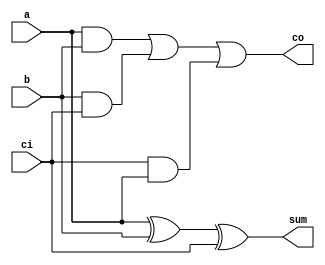
`timescale 1ns / 1ps
//////////////////////////////////////////////////////////////////////////////////
// Company: 
// Engineer: 
// 
// Design Name: 
// Module Name: fusion_unit
// Project Name: 
// Target Devices: 
// Tool Versions: 
// Description: 
// 
// Dependencies: 
// 
// Revision:
// Revision 0.01 - File Created
// Additional Comments:
// 
//////////////////////////////////////////////////////////////////////////////////

//***** Define Full-Adders and Half-Adders *****//
module full_adder(input a, input b, input ci, output sum, output co);
    assign sum = a ^ b ^ ci;
    assign co = (a & b) | (b & ci) | (ci & a);
endmodule

module half_adder(input a, input b, output sum, output co);
    assign sum = a ^ b;
    assign co = a & b;
endmodule

//***** BitBrick Unit or 3x3 Baugh-Wooley Multiplier *****//
module s_bitbrick(
    input [1:0] x, // 2-bit Inputs
    input [1:0] y,
    input sx, // Control Flag Signals for Signed (1) or Unsigned Input (0)
    input sy,
    output [4:0] p
    );
       
    // Initialize 3-bit Operands (Extend 2-bits Unsigned or create 3-bits Signed)
    wire [2:0] xi, yi;
    assign xi = {sx & x[1] , x};
    assign yi = {sy & y[1] , y};
       
    // Multiplier
    wire [2:0] pp0, pp1, pp2; // PPG
    
    // Partial Product Generation (PPG)
    assign pp0 = {~(xi[2] & yi[0]), (xi[1] & yi[0]), (xi[0] & yi[0])};
    assign pp1 = {~(xi[2] & yi[1]), (xi[1] & yi[1]), (xi[0] & yi[1])};
    assign pp2 = {(xi[2] & yi[2]), ~(xi[1] & yi[2]), ~(xi[0] & yi[2])};    
    
    // Partial Product Reduction (PPR) - Following Actual Implementation 
    assign p[0] = pp0[0];  // p[0]
    
    wire HA_p1_co;
    half_adder HA_p1 (.a(pp0[1]), .b(pp1[0]), .sum(p[1]), .co(HA_p1_co)); // p[1]
    
    wire HA_p2_co, FA_p2_co, HA_p2_in;
    full_adder FA_p2 (.a(pp1[1]), .b(pp2[0]), .ci(HA_p1_co), .sum(HA_p2_in), .co(FA_p2_co));
    half_adder HA_p2 (.a(pp0[2]), .b(HA_p2_in), .sum(p[2]), .co(HA_p2_co)); // p[2]
    
    wire HA_p3_co, FA_p3_co, HA_p3_in;
    full_adder FA_p3b (.a(pp1[2]), .b(pp2[1]), .ci(FA_p2_co), .sum(HA_p3_in), .co(FA_p3_co));
    full_adder FA_p3a (.a(HA_p3_in), .b(HA_p2_co), .ci(1'b1), .sum(p[3]), .co(HA_p3_co)); // p[3] + 1'b1 on nth bit
    
    wire HA_p5_in;
    assign p[4] = (xi[2] ^ yi[2]) & (xi[1] | xi[0]) & (yi[1] | yi[0]); // Simplified expression for p[4]     
endmodule

//***** Top-Level (Original) Fusion Unit *****//
module rfu (
    input [7:0] x,
    input [7:0] y,
    input sx,
    input sy,
    input [1:0] mode,
    input clk,
    input en,
    input nrst,
    output reg [63:0] product,
    output reg [127:0] sum
    );

    //** Configuration/Mode Parameters **//    
    localparam _2bx2b = 2'b00;                  
    localparam _4bx4b = 2'b01;                  
    localparam _8bx8b = 2'b10;               
                                                   
    //** Decomposition of 8bx8b input into four 4bx4b inputs or into 2bx2b inputs **//
    wire [3:0] xh, xl, yh, yl;
    assign xh = x[7:4]; assign xl = x[3:0];
    assign yh = y[7:4]; assign yl = y[3:0];   

    // Instantiate four bitbricks (BB) inside the fusion unit (FU) to handle 4b x 4b Multiplication 
    // Create 4 blocks of 4b x 4b BB to handle 8b x 8b
    // Notation: bb_xy_z where x and y represent positions of either high or low half and z as the block number
    // M = N = 8, n = m = 4

    // Control Signals (sx, sy, mode) Logic
    // By default, sx and sy are mapped to the 8bx8b datapath.
    // Otherwise, it checks on the respective BitBricks for the current mode (==) AND the current sign-bit (sx,sy)

    // eg. sx on the BitBrick with all MSBs in the 8bx8b datapath would not be triggered as signed input unless
    //     the current mode is 2bx2b and sx = 1 which implies that all the 2-bit inputs across all (16) BitBricks
    //     will be processed as signed inputs.
    
    // Block 1 = High-High, x[7:4] * y[7:4]
    wire [4:0] pp_hh_1, pp_hl_1, pp_lh_1, pp_ll_1;
    s_bitbrick bb_hh_1(.x(xh[3:2]), .y(yh[3:2]), .sx(sx), .sy(sy), .p(pp_hh_1)); 
    s_bitbrick bb_hl_1(.x(xh[3:2]), .y(yh[1:0]), .sx(sx), .sy(mode == _2bx2b && sy), .p(pp_hl_1));
    s_bitbrick bb_lh_1(.x(xh[1:0]), .y(yh[3:2]), .sx(mode == _2bx2b && sx), .sy(sy), .p(pp_lh_1));
    s_bitbrick bb_ll_1(.x(xh[1:0]), .y(yh[1:0]), .sx(mode == _2bx2b && sx), .sy(mode == _2bx2b && sy), .p(pp_ll_1));
    
    wire [7:0] pp_hh;
    
    assign pp_hh = {pp_hh_1, pp_ll_1[3:0]} + {({pp_hl_1[4], pp_hl_1} + {pp_lh_1[4], pp_lh_1}), 2'b00}; // Merge + Add-Shift w/ Sign Bit Extension   
    // assign pp_hh = (pp_ll_1 + {pp_hl_1, 2'b0} + {pp_lh_1, 2'b0} + {pp_hh_1, 4'b0});

    //  Block 2 = High-Low, x[7:4] * y[3:0]
    wire [4:0] pp_hh_2, pp_hl_2, pp_lh_2, pp_ll_2;
    s_bitbrick bb_hh_2(.x(xh[3:2]), .y(yl[3:2]), .sx(sx), .sy((mode == _4bx4b && sy) | (mode == _2bx2b && sy)), .p(pp_hh_2)); 
    s_bitbrick bb_hl_2(.x(xh[3:2]), .y(yl[1:0]), .sx(sx), .sy(mode == _2bx2b && sy), .p(pp_hl_2));
    s_bitbrick bb_lh_2(.x(xh[1:0]), .y(yl[3:2]), .sx(mode == _2bx2b && sx), .sy((mode == _4bx4b && sy) | (mode == _2bx2b && sy)), .p(pp_lh_2));
    s_bitbrick bb_ll_2(.x(xh[1:0]), .y(yl[1:0]), .sx(mode == _2bx2b && sx), .sy(mode == _2bx2b && sy), .p(pp_ll_2));
    
    wire [7:0] pp_hl;
    assign pp_hl = {pp_hh_2, pp_ll_2[3:0]} + {({pp_hl_2[4], pp_hl_2} + {pp_lh_2[4], pp_lh_2}), 2'b00}; // Merge + Add-Shift w/ Sign Bit Extension   
    // assign pp_hl = (pp_ll_2 + {pp_hl_2, 2'b0} + {pp_lh_2, 2'b0} + {pp_hh_2, 4'b0});

    //  Block 3 = Low-High, x[3:0] * y[7:4]
    wire [4:0] pp_hh_3, pp_hl_3, pp_lh_3, pp_ll_3;
    s_bitbrick bb_hh_3(.x(xl[3:2]), .y(yh[3:2]), .sx((mode == _4bx4b && sx) | (mode == _2bx2b && sx)), .sy(sy), .p(pp_hh_3)); 
    s_bitbrick bb_hl_3(.x(xl[3:2]), .y(yh[1:0]), .sx((mode == _4bx4b && sx) | (mode == _2bx2b && sx)), .sy(mode == _2bx2b && sy), .p(pp_hl_3));
    s_bitbrick bb_lh_3(.x(xl[1:0]), .y(yh[3:2]), .sx(mode == _2bx2b && sx), .sy(sy), .p(pp_lh_3));
    s_bitbrick bb_ll_3(.x(xl[1:0]), .y(yh[1:0]), .sx(mode == _2bx2b && sx), .sy(mode == _2bx2b && sy), .p(pp_ll_3));
    
    wire [7:0] pp_lh;
    assign pp_lh = {pp_hh_3, pp_ll_3[3:0]} + {({pp_hl_3[4], pp_hl_3} + {pp_lh_3[4], pp_lh_3}), 2'b00}; // Merge + Add-Shift w/ Sign Bit Extension   
    // assign pp_lh = (pp_ll_3 + {pp_hl_3, 2'b0} + {pp_lh_3, 2'b0} + {pp_hh_3, 4'b0});  
    
    //  Block 4 = Low-Low, x[3:0] * y[3:0]
    wire [4:0] pp_hh_4, pp_hl_4, pp_lh_4, pp_ll_4;
    s_bitbrick bb_hh_4(.x(xl[3:2]), .y(yl[3:2]), .sx((mode == _4bx4b && sx) | (mode == _2bx2b && sx)), .sy((mode == _4bx4b && sy) | (mode == _2bx2b && sy)), .p(pp_hh_4)); 
    s_bitbrick bb_hl_4(.x(xl[3:2]), .y(yl[1:0]), .sx((mode == _4bx4b && sx) | (mode == _2bx2b && sx)), .sy(mode == _2bx2b && sy), .p(pp_hl_4));
    s_bitbrick bb_lh_4(.x(xl[1:0]), .y(yl[3:2]), .sx(mode == _2bx2b && sx), .sy((mode == _4bx4b && sy) | (mode == _2bx2b && sy)), .p(pp_lh_4));
    s_bitbrick bb_ll_4(.x(xl[1:0]), .y(yl[1:0]), .sx(mode == _2bx2b && sx), .sy(mode == _2bx2b && sy), .p(pp_ll_4));
    
    wire [7:0] pp_ll;
    assign pp_ll = {pp_hh_4, pp_ll_4[3:0]} + {({pp_hl_4[4], pp_hl_4} + {pp_lh_4[4], pp_lh_4}), 2'b00}; // Merge + Add-Shift w/ Sign Bit Extension
    // assign pp_ll = (pp_ll_4 + {pp_hl_4, 2'b0} + {pp_lh_4, 2'b0} + {pp_hh_4, 4'b0});    

    //** Output Product Mapping based on chosen mode **//
    always@(*) begin
        case(mode)
            _8bx8b: begin
                // Signed-Bit Extension for pp_hl and pp_lh depending on sx and sy
                // product[15:0] = {{8{1'b0}}, pp_ll} + {{4{(pp_lh[7] & sy)}}, pp_lh, 4'b0} + {{4{(pp_hl[7] & sx)}}, pp_hl, 4'b0} + {pp_hh, 8'b0};
                product[15:0] = {pp_hh, pp_ll} + {{{4{(pp_lh[7] & sy)}}, pp_lh} + {{4{(pp_hl[7] & sx)}}, pp_hl}, 4'b0};
                product[63:16] = 0;
            end
            
            _4bx4b: begin
                // Must map 4x8b BitBrick products to 64-bit output product register
                product[31:0] = {pp_hh, pp_hl, pp_lh, pp_ll};
                product[63:32] = 0;          
            end
            
            _2bx2b: begin
                // Must map 16x4b BitBrick products to 64-bit output product register
                product = {pp_hh_1[3:0], pp_hl_1[3:0], pp_lh_1[3:0], pp_ll_1[3:0], 
                           pp_hh_2[3:0], pp_hl_2[3:0], pp_lh_2[3:0], pp_ll_2[3:0], 
                           pp_hh_3[3:0], pp_hl_3[3:0], pp_lh_3[3:0], pp_ll_3[3:0], 
                           pp_hh_4[3:0], pp_hl_4[3:0], pp_lh_4[3:0], pp_ll_4[3:0]};
            end

            default: product = 0;
        endcase
    end 
    
    //** Output Accumulator Mapping based on chosen mode **//
    reg [1:0] mode_buffer; // Create buffer to check when precision mode changes for resetting sum/accumulator
    always@(posedge clk) begin
        if(!nrst) begin
            mode_buffer <= 2'b11;
        end else begin
            mode_buffer <= mode; 
        end
    end

    always@(posedge clk) begin
        if (!nrst) begin
            sum <= 0;
        end else begin
            // Empty the sum when switching modes
            if (mode != mode_buffer) begin 
                // Check if the MAC Engine is in idle and the precision mode changes
                sum <= 0;
            end else begin
                // Otherwise, proceed with scaled accumulate operation if enabled
                if(en) begin
                    case(mode)
                        _8bx8b: begin
                            // Extend sign bit of 16-bit product in 8bx8b mode then accumulated to fit 20-bit sum when adding
                            sum[19:0] <= (sum[19:0] + {{4{product[15]}}, product[15:0]});                    
                            sum[127:20] <= 0;
                        end

                        _4bx4b: begin
                            // Map the 32-bit product register (4x8b products) to fit 4x12b = 48-bit sum w/ sign extend to 12b
                            sum[11:0] <= (sum[11:0] + {{4{product[7]}}, product[7:0]});
                            sum[23:12] <= (sum[23:12] + {{4{product[15]}}, product[15:8]});
                            sum[35:24] <= (sum[35:24] + {{4{product[23]}}, product[23:16]});
                            sum[47:36] <= (sum[47:36] + {{4{product[31]}}, product[31:24]});
                            sum[127:48] <= 0;
                        end

                        _2bx2b: begin
                            // Map the 64-bit product register (16x4b products) to fit 16x8b = 128-bit sum w/ sign extend to 8b
                            sum[7:0] <= (sum[7:0] + {{4{product[3]}}, product[3:0]});
                            sum[15:8] <= (sum[15:8] + {{4{product[7]}}, product[7:4]});
                            sum[23:16] <= (sum[23:16] + {{4{product[11]}}, product[11:8]});
                            sum[31:24] <= (sum[31:24] + {{4{product[15]}}, product[15:12]});
                            sum[39:32] <= (sum[39:32] + {{4{product[19]}}, product[19:16]});
                            sum[47:40] <= (sum[47:40] + {{4{product[23]}}, product[23:20]});
                            sum[55:48] <= (sum[55:48] + {{4{product[27]}}, product[27:24]});
                            sum[63:56] <= (sum[63:56] + {{4{product[31]}}, product[31:28]});
                            sum[71:64] <= (sum[71:64] + {{4{product[35]}}, product[35:32]}); //
                            sum[79:72] <= (sum[79:72] + {{4{product[39]}}, product[39:36]});
                            sum[87:80] <= (sum[87:80] + {{4{product[43]}}, product[43:40]}); //
                            sum[95:88] <= (sum[95:88] + {{4{product[47]}}, product[47:44]}); //
                            sum[103:96] <= (sum[103:96] + {{4{product[51]}}, product[51:48]});
                            sum[111:104] <= (sum[111:104] + {{4{product[55]}}, product[55:52]});
                            sum[119:112] <= (sum[119:112] + {{4{product[59]}}, product[59:56]}); //
                            sum[127:120] <= (sum[127:120] + {{4{product[63]}}, product[63:60]}); //                        
                        end

                        default: sum <= 0;
                    endcase
                end
            end
        end
    end    


//    assign product = pp_ll + {pp_lh, 4'b0} + {pp_hl, 4'b0} + {pp_hh, 8'b0};
//    assign product = {{8{1'b0}}, pp_ll} + {{4{(pp_lh[7] & sy)}}, pp_lh, 4'b0} + {{4{(pp_hl[7] & sx)}}, pp_hl, 4'b0} + {pp_hh, 8'b0}; // Signed-Bit Extension for pp_hl and pp_lh depending on sx and sy
//    assign product = {{8{pp_ll[7]}}, pp_ll} + {{4{pp_lh[7]}}, pp_lh} + {{4{pp_hl[7]}}, pp_hl} + pp_hh;
    
    // 4b x 4b Datapath Control Signal Positions (sx, sy)
//    wire [5:0] pp_hh, pp_hl, pp_lh, pp_ll; // 4b x 4b multiplication sign flags
//    bitbrick bb_hh(.x(xh), .y(yh), .sx(sx), .sy(sy), .p(pp_hh)); 
//    bitbrick bb_hl(.x(xh), .y(yl), .sx(sx), .sy(1'b0), .p(pp_hl));
//    bitbrick bb_lh(.x(xl), .y(yh), .sx(1'b0), .sy(sy), .p(pp_lh));
//    bitbrick bb_ll(.x(xl), .y(yl), .sx(1'b0), .sy(1'b0), .p(pp_ll));
    
//    assign product = pp_ll + {pp_lh, 2'b0} + {pp_hl, 2'b0} + {pp_hh, 4'b0};
       
endmodule